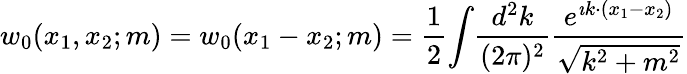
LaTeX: w_{0}(x_{1},x_{2};m)=w_{0}(x_{1}-x_{2};m)=\frac 12\displaystyle{\int}\frac{d^{2}k}{(2\pi)^{2}}\frac{e^{\imath k\cdot(x_{1}-x_{2})}}{\sqrt{k^{2}+m^{2}}}